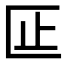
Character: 𫧎